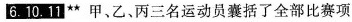
6.10.11** 甲、乙、丙三名运动员囊括了全部比赛项